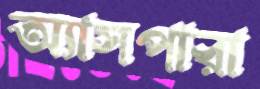
অ্যাসপারা